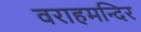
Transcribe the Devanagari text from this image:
वराहमन्दिर